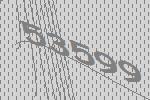
53599